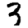
Digit: 3